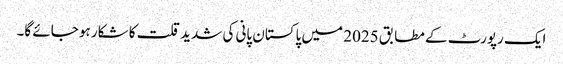
ایک رپورٹ کے مطابق 2025 میں پاکستان پانی کی شدید قلت کا شکار ہو جائے گا۔